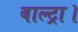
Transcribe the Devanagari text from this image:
बाल्ट्रा।